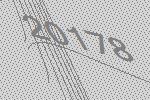
20178